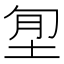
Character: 𡋜